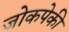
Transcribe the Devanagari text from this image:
जोकपेकी